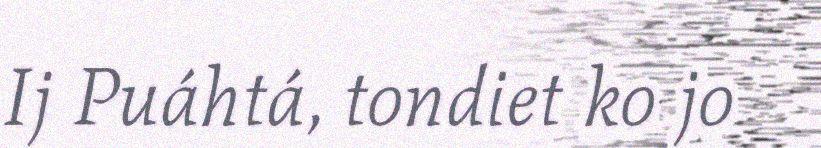
Ij Puáhtá, tondiet ko jo